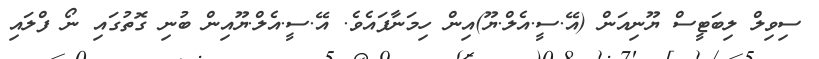
ސިވިލް ލިބަޓީސް ޔޫނިއަން (އޭ.ސީ.އެލް.ޔޫ)އިން ހިމަނާފައެވެ. އޭ.ސީ.އެލް.ޔޫއިން ބުނި ގޮތުގައި ނޯ ފްލައި